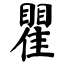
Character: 瞿